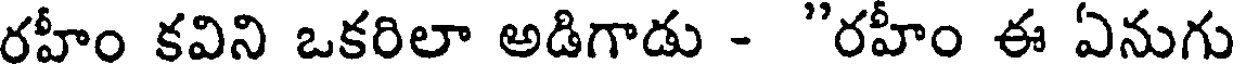
రహీం కవిని ఒకరిలా అడిగాడు - "రహీం ఈ ఏనుగు